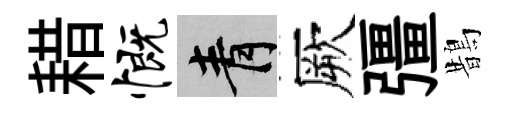
耤慨青厥彊鵲